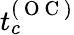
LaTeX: t_{c}^{(\mathrm{~O~C~})}